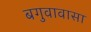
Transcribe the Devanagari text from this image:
बगुवावासा